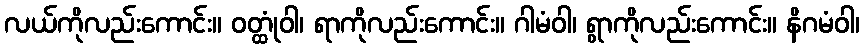
လယ်ကိုလည်းကောင်း။ ဝတ္ထုံဝါ၊ ရာကိုလည်းကောင်း။ ဂါမံဝါ၊ ရွာကိုလည်းကောင်း။ နိဂမံဝါ၊